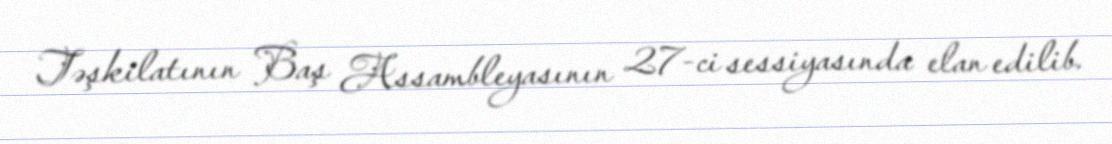
Təşkilatının Baş Assambleyasının 27-ci sessiyasında elan edilib.